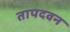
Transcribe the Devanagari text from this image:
तापदवन